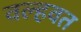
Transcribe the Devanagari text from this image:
वल्हवत